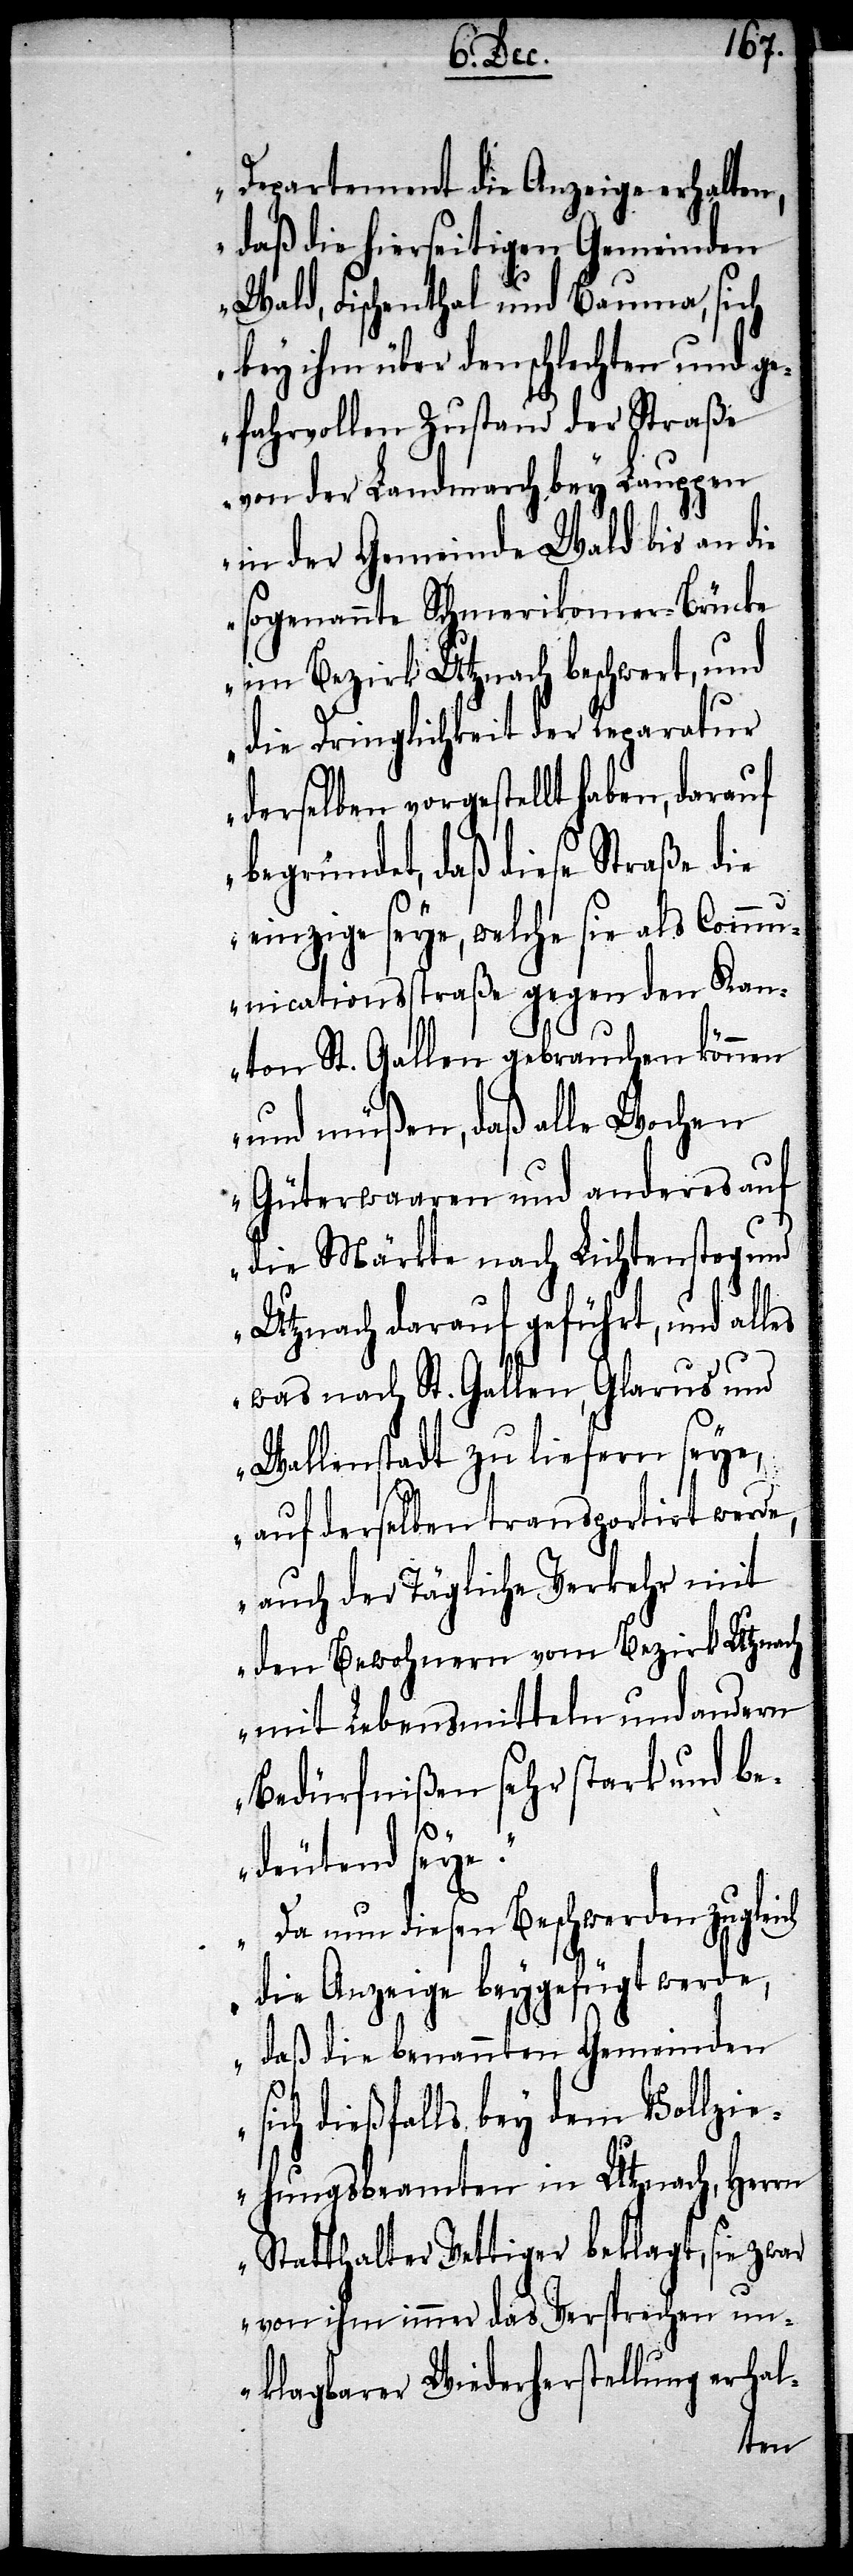
Departement die Anzeige erhalten,
daß die hierseitigen Gemeinden
Wald, Fischenthal und Bauma, sich
bey ihm über den schlechten und ge¬
fahrvollen Zustand der Straße
von der Landmarch bey Lauppen
in der Gemeinde Wald bis an die
sogenannte Schmerikoner-Brücke
im Bezirk Utznach beschwert, und
die Dringlichkeit der Reparatur
derselben vorgestellt haben, darauf
begründet, daß diese Straße die
einzige seye, welche sie als Comm¬
unicationsstraße gegen den Kan¬
ton St. Gallen gebrauchen können
und müßen, daß alle Wochen
Güterwaagen und anderes auf
die Märkte nach Lichtensteg und
Utznach darauf geführt, und
was nach St. Gallen, Glarus und
Wallenstadt zu liefern seye,
auf derselben transportirt werde,
auch der Tägliche Verkehr mit
den Bewohnern vom Bezirk Utznach
mit Lebensmitteln und andern
Bedürfnißen sehr stark und be¬
deutend seye.
Da nun diesen Beschwerden zugleich
die Anzeige beygefügt werde,
daß die benannten Gemeinden
sich dießfalls bey dem Vollzie¬
hungsbeamten in Utznach, Herrn
Statthalter Vettinger beklagt, sie zwar
von ihm immer das Versprechen un¬
klagbarer Wiederherstellung erhal-